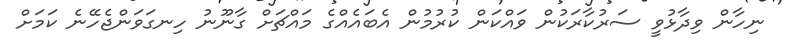
ނިހާން ވިދާޅުވީ ސަރުކާރަކުން ވައްކަން ކުރުމުން އެބައެއްގެ މައްޗަށް ގާނޫނު ހިނގަވަންޖެހޭނެ ކަމަށް